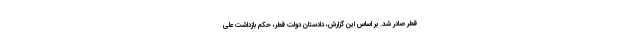
قطر صادر شد. بر اساس این گزارش، دادستان دولت قطر، حکم بازداشت علی